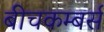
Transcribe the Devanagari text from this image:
बीचकम्बर्स